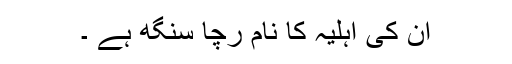
ان کی اہلیہ کا نام رچا سنگھ ہے ۔